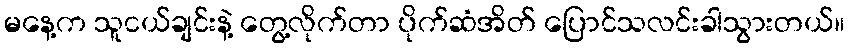
မနေ့က သူငယ်ချင်းနဲ့ တွေ့လိုက်တာ ပိုက်ဆံအိတ် ပြောင်သလင်းခါသွားတယ်။